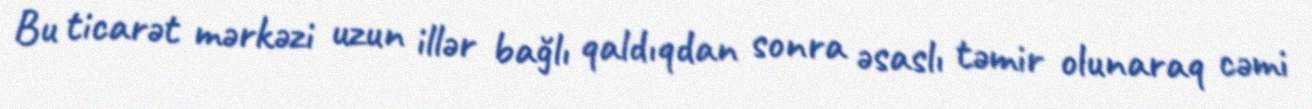
Bu ticarət mərkəzi uzun illər bağlı qaldıqdan sonra əsaslı təmir olunaraq cəmi